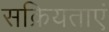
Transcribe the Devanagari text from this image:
सक्रियताएं